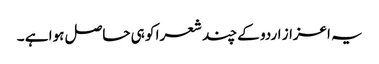
یہ اعزاز اردو کے چند شعرا کو ہی حاصل ہوا ہے ۔